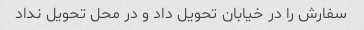
سفارش را در خیابان تحویل داد و در محل تحویل نداد